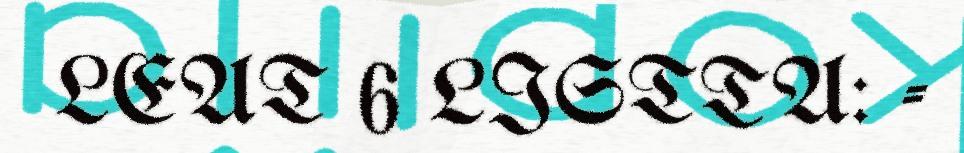
LEAT 6 LISTTA: -